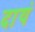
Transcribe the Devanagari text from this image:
दायं